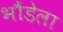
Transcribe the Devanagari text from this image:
भौंडेला